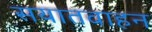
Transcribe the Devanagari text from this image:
सयातवाहन